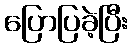
ပြောပြခဲ့ပြီး